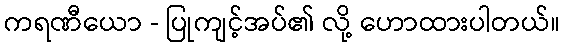
ကရဏီယော - ပြုကျင့်အပ်၏ လို့ ဟောထားပါတယ်။